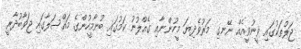
ޖަލުތަކުގައި ވީނުވީއެއް ނޭނގި މަރުވެދިޔަ މީހުންނާއި ގެއްލުނު ކަމުގައި ބުނާމީހުންގެ މައްސަލާގައި ޖަވާބުދާރީ